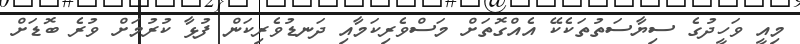
މިއީ ވަހީދުގެ ސިޔާސަތުތަކެކޭ އެއްގޮތަށް މަސްވެރިކަމާއި ދަނޑުވެރިކަން ފުޅާ ކުރުމަށް ވުރެ ބޮޑަށް